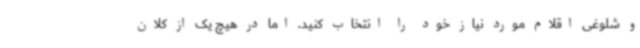
و شلوغی اقلام مورد نیاز خود را انتخاب کنید. اما در هیچ یک از کلان